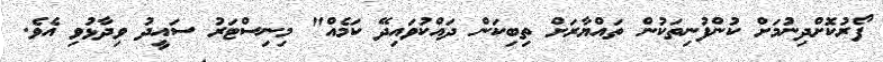
ފޯރުކޮށްދިނުމަށް ކުންފުނިތަކުން ތައްޔާރަށް ތިބިކަން ދައްކުވައިދޭ ކަމެއް" މިނިސްޓަރު ސައީދު ވިދާޅުވި އެވެ.